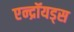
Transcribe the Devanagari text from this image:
एन्द्रॉयड्स